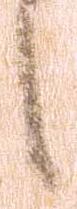
之